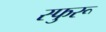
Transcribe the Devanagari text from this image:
स्फुरू